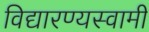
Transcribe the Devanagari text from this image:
विद्यारण्यस्वामी